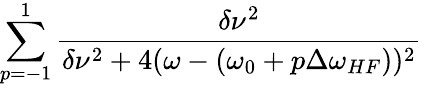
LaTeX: \sum_{p=-1}^{1}\frac{\delta\nu^{2}}{\delta\nu^{2}+4(\omega-(\omega_{0}+p\Delta\omega_{HF}))^{2}}